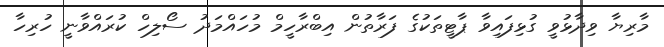
މާރިޔާ ވިދާޅުވީ ގުޅިފައިވާ ޕާޓީތަކުގެ ފަރާތުން އިބްރާހީމް މުހައްމަދު ސޯލިހް ކުރައްވާނީ ހުރިހާ